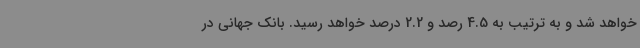
خواهد شد و به ترتیب به 4.5 رصد و 2.2 درصد خواهد رسید. بانک جهانی در